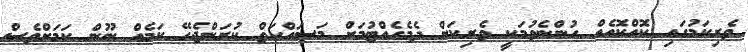
ވެރިކަމުގައި ކޮއްކޮއެއް ހުންނެވުމަކީ ވެރިކަން ދެމެހެއްޓުމަށް މަސައްކަތް ކުރަންޖެހޭ ކަމެއް ނޫން ކަމަށްވެސް